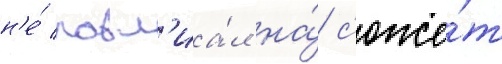
н'е́ повл'иа́л на́ с'юже́т